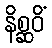
နိစ္ဆဝိံ